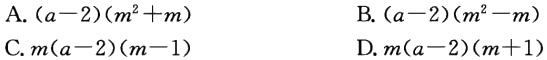
A. \((a - 2)(m^{2}+m)\)

B. \((a - 2)(m^{2}-m)\)

C. \(m(a - 2)(m - 1)\)

D. \(m(a - 2)(m + 1)\)